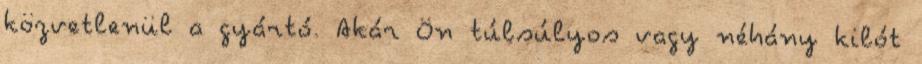
közvetlenül a gyártó. Akár Ön túlsúlyos vagy néhány kilót